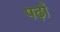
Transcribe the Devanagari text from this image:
पढ़ों